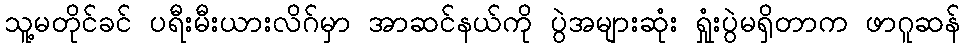
သူ့မတိုင်ခင် ပရီးမီးယားလိဂ်မှာ အာဆင်နယ်ကို ပွဲအများဆုံး ရှုံးပွဲမရှိတာက ဖာဂူဆန်